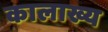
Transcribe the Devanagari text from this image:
कालाख्य